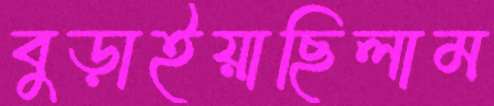
বুড়াইয়াছিলাম